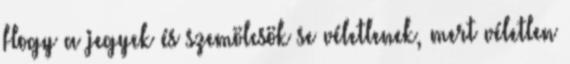
Hogy a jegyek és szemölcsök se véletlenek, mert véletlen